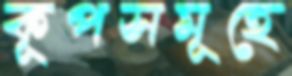
কূপসমূহে